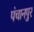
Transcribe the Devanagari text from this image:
पंचानपुर